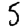
Digit: 5